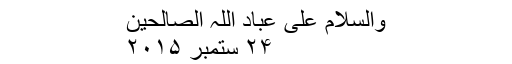
والسلام علی عباد اللہ الصالحین
۲۴ ستمبر ۲۰۱۵